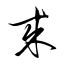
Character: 来